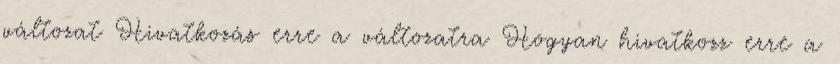
változat Hivatkozás erre a változatra Hogyan hivatkozz erre a